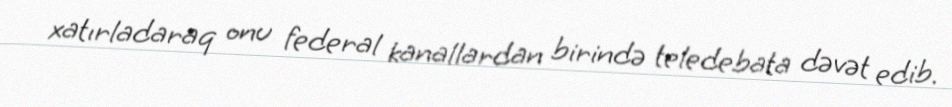
xatırladaraq onu federal kanallardan birində teledebata dəvət edib.